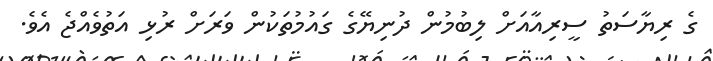
ގެ ރިޔާސަތު ސީރިއާއަށް ލިބުމުން ދުނިޔޭގެ ގައުމުތަކުން ވަރަށް ރުޅި އަތުވެއްޖެ އެވެ.